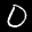
Label: 0